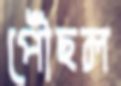
পৌঁছল